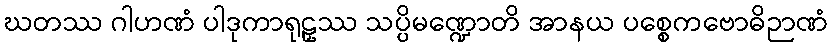
ဃတဿ ဂါဟဏံ ပါဒုကာရုဠှဿ သပ္ပိမဏ္ဍောတိ အာနယ ပစ္စေကဗောဓိဉာဏံ